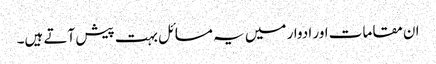
ان مقامات اور ادوار میں یہ مسائل بہت پیش آتے ہیں۔